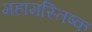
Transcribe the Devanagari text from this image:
महामस्तिष्क